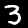
Digit: 3